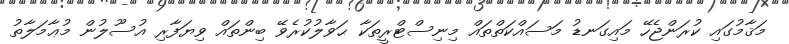
މަޤާމުގައި ކުރަންޖެހޭ މައިގަނޑު މަސައްކަތްތައް މިނިސްޓްރީތަކާ ޙަވާލުކުރެވޭ ބިންތައް ވިޔަފާރި އުސޫލުން މުޢާމަލާތު